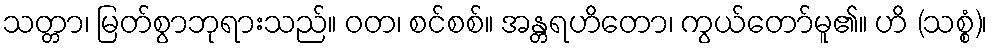
သတ္တာ၊ မြတ်စွာဘုရားသည်။ ဝတ၊ စင်စစ်။ အန္တရဟိတော၊ ကွယ်တော်မူ၏။ ဟိ (သစ္စံ)၊